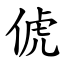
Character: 俿